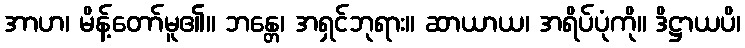
အာဟ၊ မိန့်တော်မူ၏။ ဘန္တေ၊ အရှင်ဘုရား။ ဆာယာယ၊ အရိပ်ပုံကို။ ဒိဋ္ဌာယပိ၊